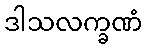
ဒါသလက္ခဏံ